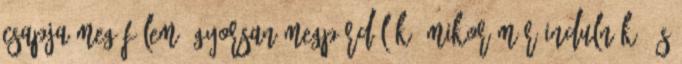
csapja meg fülem, gyorsan megpördülök, mikor már indulnék, és